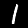
Digit: 1